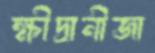
ক্ষীদ্রানীজা